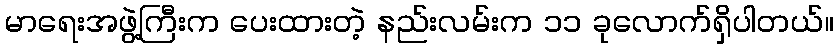
မာရေးအဖွဲ့ကြီးက ပေးထားတဲ့ နည်းလမ်းက ၁၁ ခုလောက်ရှိပါတယ်။